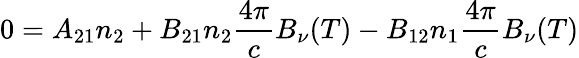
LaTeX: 0=A_{21}n_{2}+B_{21}n_{2}{\frac{4\pi}{c}}B_{\nu}(T)-B_{12}n_{1}{\frac{4\pi}{c}}B_{\nu}(T)